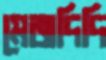
মেজদিদি